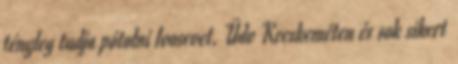
tényleg tudja pótolni Ivosevet. Üdv Kecskeméten és sok sikert